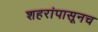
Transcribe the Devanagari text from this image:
शहरांपासूनच